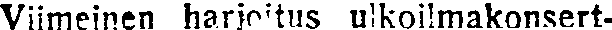
Viimeinen harjoitus ulkoilmakonsert-